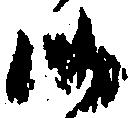
候